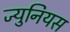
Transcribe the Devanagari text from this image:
ज्युनियस